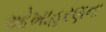
ઓખાહરણના